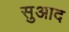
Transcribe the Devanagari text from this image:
सुआद